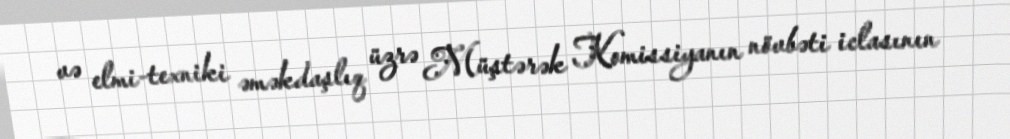
və elmi-texniki əməkdaşlıq üzrə Müştərək Komissiyanın növbəti iclasının